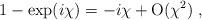
LaTeX: \begin{align*}1 - \exp (i \chi) = - i \chi + \mathrm{O}(\chi^2) \;,\end{align*}